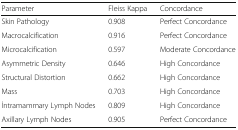
<table><thead><tr><td><b>Parameter</b></td><td><b>Fleiss Kappa</b></td><td><b>Concordance</b></td></tr></thead><tbody><tr><td>Skin Pathology</td><td>0.908</td><td>Perfect Concordance</td></tr><tr><td>Macrocalcification</td><td>0.916</td><td>Perfect Concordance</td></tr><tr><td>Microcalcification</td><td>0.597</td><td>Moderate Concordance</td></tr><tr><td>Asymmetric Density</td><td>0.646</td><td>High Concordance</td></tr><tr><td>Structural Distortion</td><td>0.662</td><td>High Concordance</td></tr><tr><td>Mass</td><td>0.703</td><td>High Concordance</td></tr><tr><td>İntramammary Lymph Nodes</td><td>0.809</td><td>High Concordance</td></tr><tr><td>Axillary Lymph Nodes</td><td>0.905</td><td>Perfect Concordance</td></tr></tbody></table>